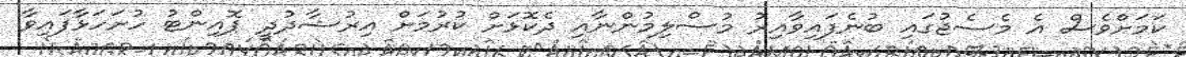
ކަމަށްވެސް އެ މެސެޖުގައި ބުނެފައިވާއިރު މުސްލިމުންނާއި ދެކޮޅަށް ކުރުމަށް އިރުޝާދުދީ ޕޮއިންޓު ހުށަހަޅާފައިވާ